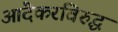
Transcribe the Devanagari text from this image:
आंदेकरविरुद्ध